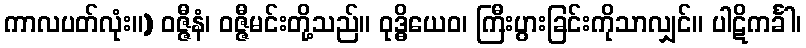
ကာလပတ်လုံး။) ဝဇ္ဇီနံ၊ ဝဇ္ဇီမင်းတို့သည်။ ဝုဒ္ဓိယေဝ၊ ကြီးပွားခြင်းကိုသာလျှင်။ ပါဋိကင်္ခါ၊